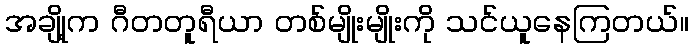
အချို့က ဂီတတူရီယာ တစ်မျိုးမျိုးကို သင်ယူနေကြတယ်။